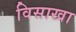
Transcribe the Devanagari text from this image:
विसाखा